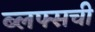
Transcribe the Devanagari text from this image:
ब्लफ्सची